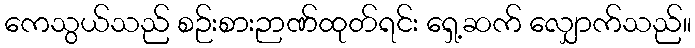
ကေသွယ်သည် စဉ်းစားဉာဏ်ထုတ်ရင်း ရှေ့ဆက် လျှောက်သည်။